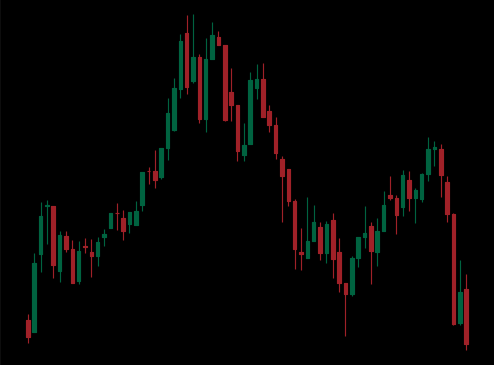
Pattern: head_shoulders